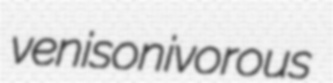
venisonivorous